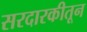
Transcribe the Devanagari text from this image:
सरदारकीतून